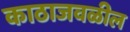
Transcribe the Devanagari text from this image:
काठाजवळील